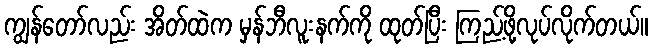
ကျွန်တော်လည်း အိတ်ထဲက မှန်ဘီလူးနက်ကို ထုတ်ပြီး ကြည့်ဖို့လုပ်လိုက်တယ်။